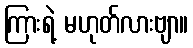
ကြားရဲ့ မဟုတ်လားဗျာ။